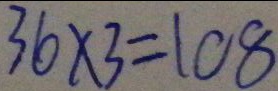
3 6 \times 3 = 1 0 8